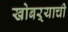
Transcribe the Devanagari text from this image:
खोबऱ्याची